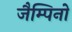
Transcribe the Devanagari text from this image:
जैम्पिनो